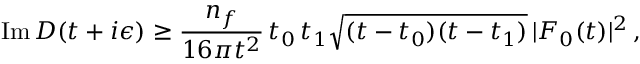
\mathrm { I m } \, D ( t + i \epsilon ) \ge { \frac { n _ { f } } { 1 6 \pi t ^ { 2 } } } \, t _ { 0 } \, t _ { 1 } \sqrt { ( t - t _ { 0 } ) ( t - t _ { 1 } ) } \, | F _ { 0 } ( t ) | ^ { 2 } \, ,